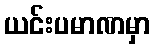
ယင်းပမာဏမှာ